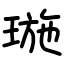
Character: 㻢